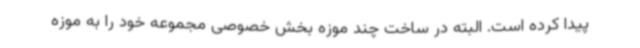
پیدا کرده است. البته در ساخت چند موزه بخش خصوصی مجموعه خود را به موزه